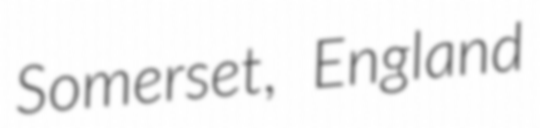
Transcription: Somerset, England